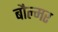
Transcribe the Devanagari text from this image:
बौल्मर